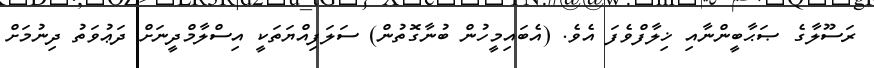
ރަސޫލާގެ ޞަޙާބީންނާއި ޚިލާފްވެފަ އެވެ. (އެބައިމީހުން ބުނާގޮތުން) ސަލަފިއްޔަތަކީ އިސްލާމްދީނަށް ދަޢުވަތު ދިނުމަށް